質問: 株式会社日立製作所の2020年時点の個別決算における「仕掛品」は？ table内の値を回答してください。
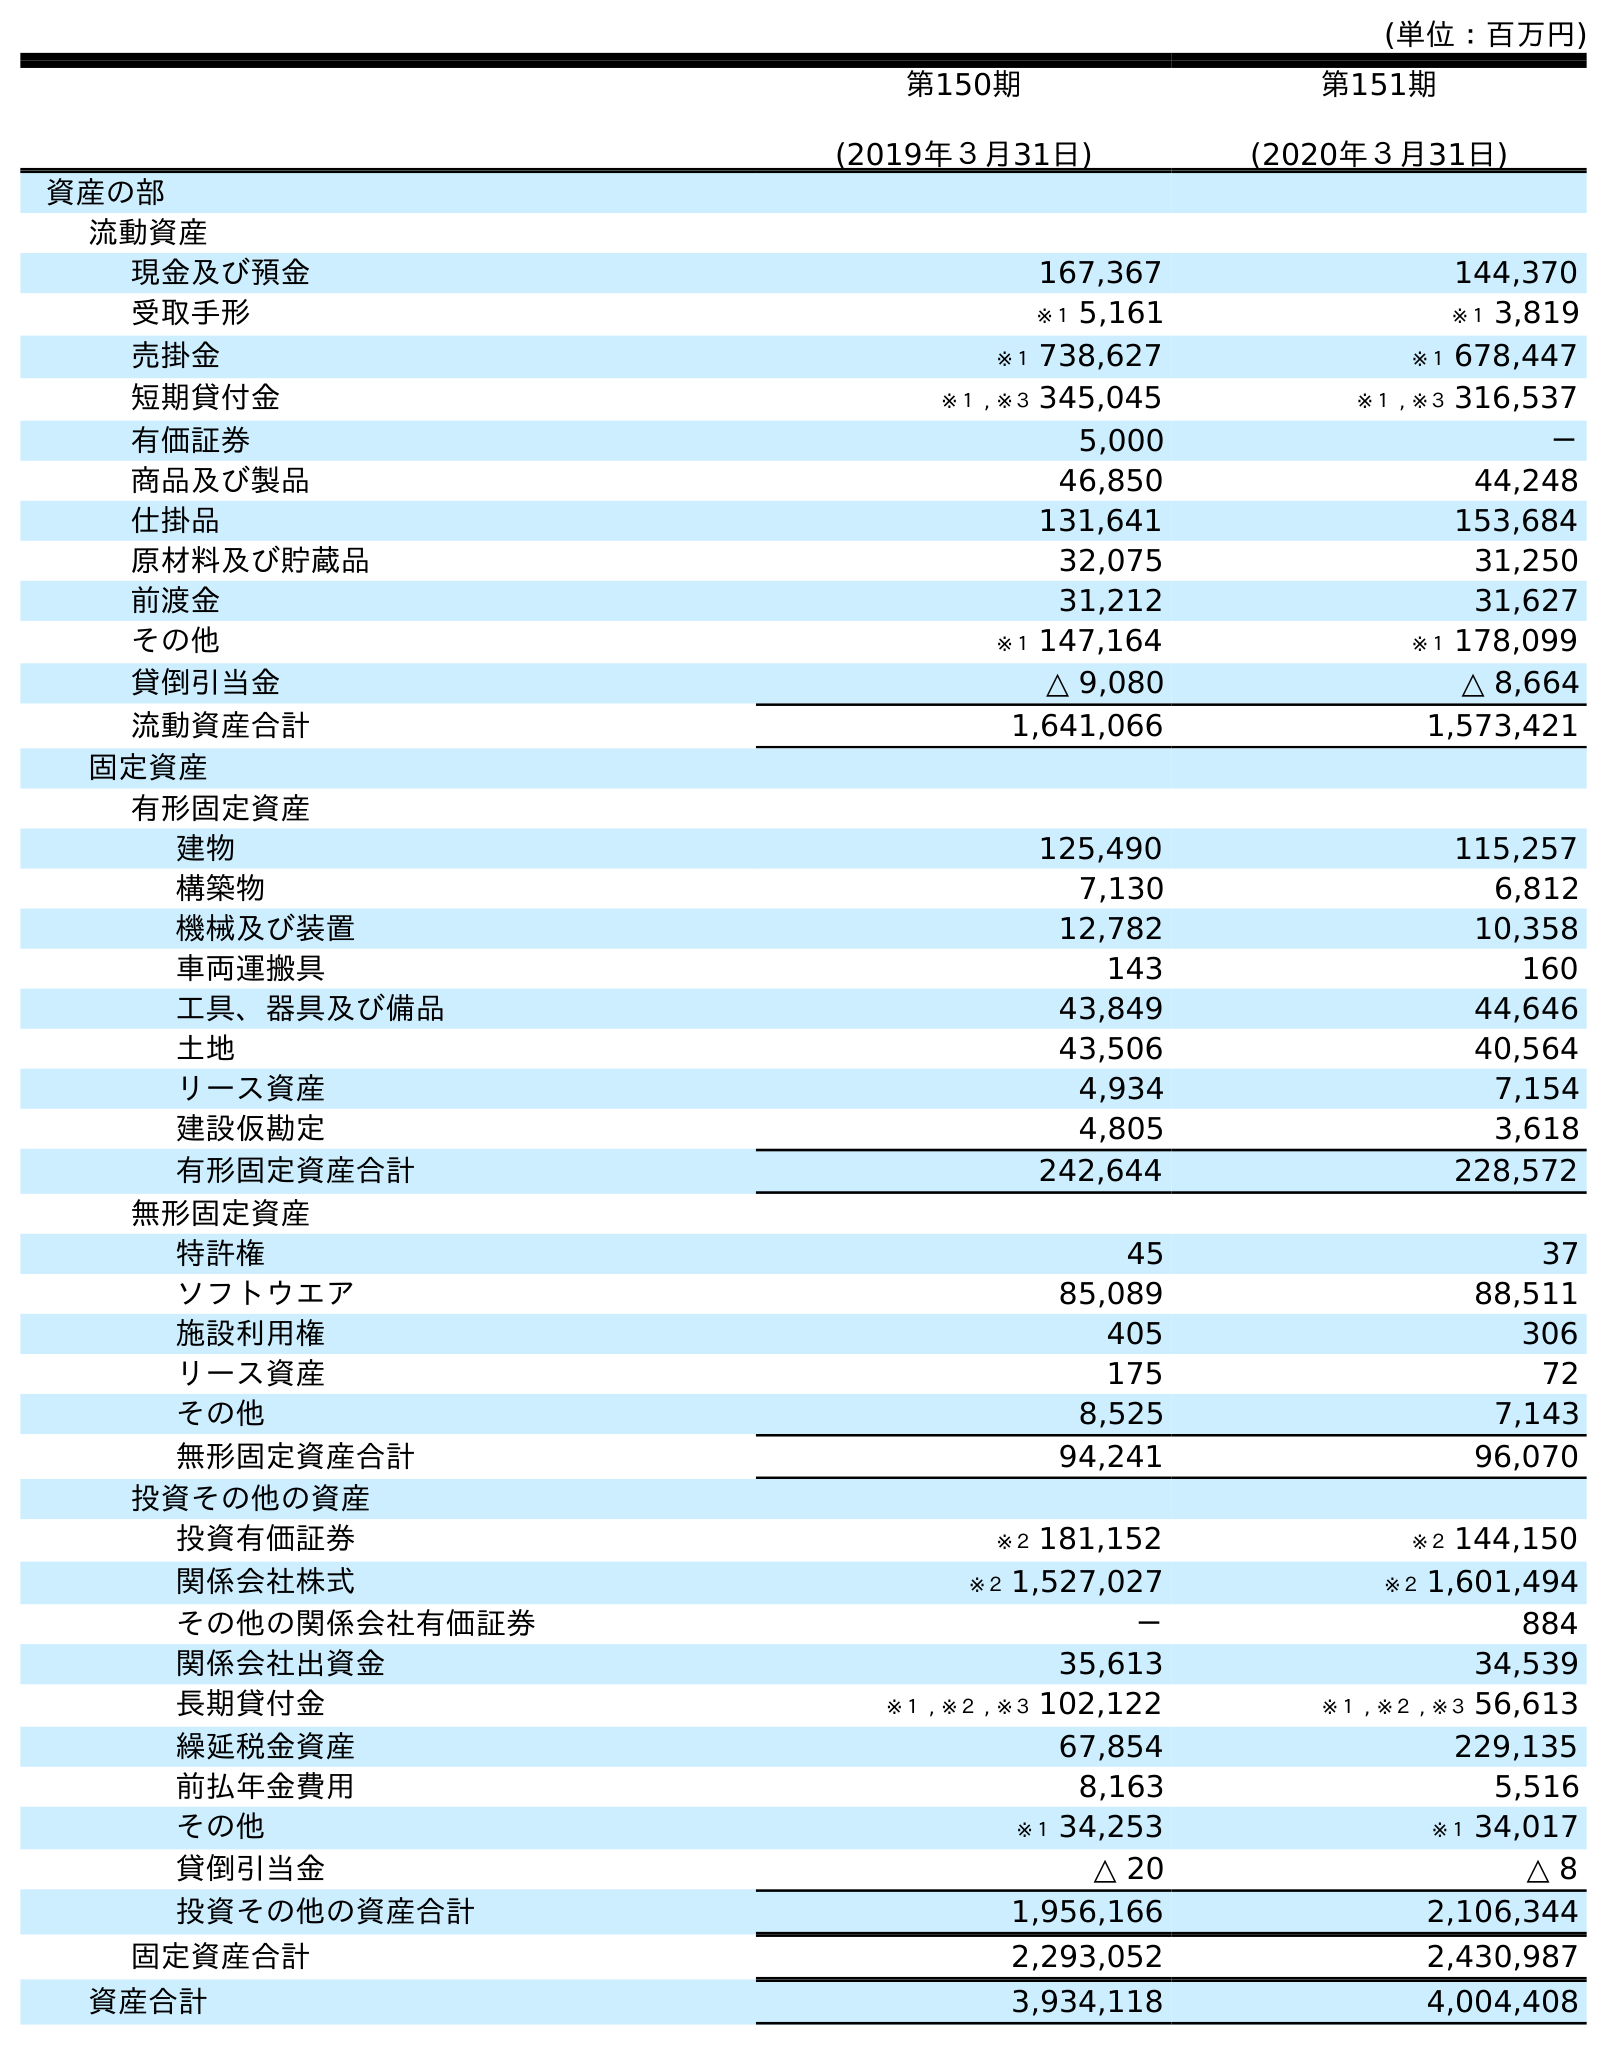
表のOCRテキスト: (単位：百万円) 第150期 (2019年３月31日) 第151期 (2020年３月31日) 資産の部 流動資産 現金及び預金 167,367 144,370 受取手形 ※１ 5,161 ※１ 3,819 売掛金 ※１ 738,627 ※１ 678,447 短期貸付金 ※１ , ※３ 345,045 ※１ , ※３ 316,537 有価証券 5,000 － 商品及び製品 46,850 44,248 仕掛品 131,641 153,684 原材料及び貯蔵品 32,075 31,250 前渡金 31,212 31,627 その他 ※１ 147,164 ※１ 178,099 貸倒引当金 △ 9,080 △ 8,664 流動資産合計 1,641,066 1,573,421 固定資産 有形固定資産 建物 125,490 115,257 構築物 7,130 6,812 機械及び装置 12,782 10,358 車両運搬具 143 160 工具、器具及び備品 43,849 44,646 土地 43,506 40,564 リース資産 4,934 7,154 建設仮勘定 4,805 3,618 有形固定資産合計 242,644 228,572 無形固定資産 特許権 45 37 ソフトウエア 85,089 88,511 施設利用権 405 306 リース資産 175 72 その他 8,525 7,143 無形固定資産合計 94,241 96,070 投資その他の資産 投資有価証券 ※２ 181,152 ※２ 144,150 関係会社株式 ※２ 1,527,027 ※２ 1,601,494 その他の関係会社有価証券 － 884 関係会社出資金 35,613 34,539 長期貸付金 ※１ , ※２ , ※３ 102,122 ※１ , ※２ , ※３ 56,613 繰延税金資産 67,854 229,135 前払年金費用 8,163 5,516 その他 ※１ 34,253 ※１ 34,017 貸倒引当金 △ 20 △ 8 投資その他の資産合計 1,956,166 2,106,344 固定資産合計 2,293,052 2,430,987 資産合計 3,934,118 4,004,408
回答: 153,684